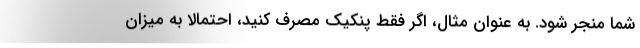
شما منجر شود. به عنوان مثال، اگر فقط پنکیک مصرف کنید، احتمالا به میزان